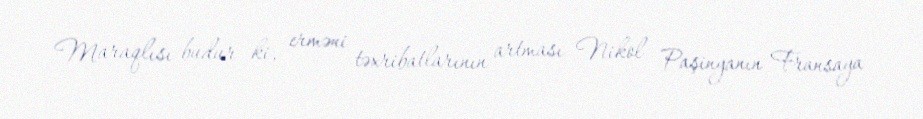
Maraqlısı budur ki, erməni təxribatlarının artması Nikol Paşinyanın Fransaya